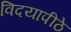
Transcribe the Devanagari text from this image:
विदयापीठे